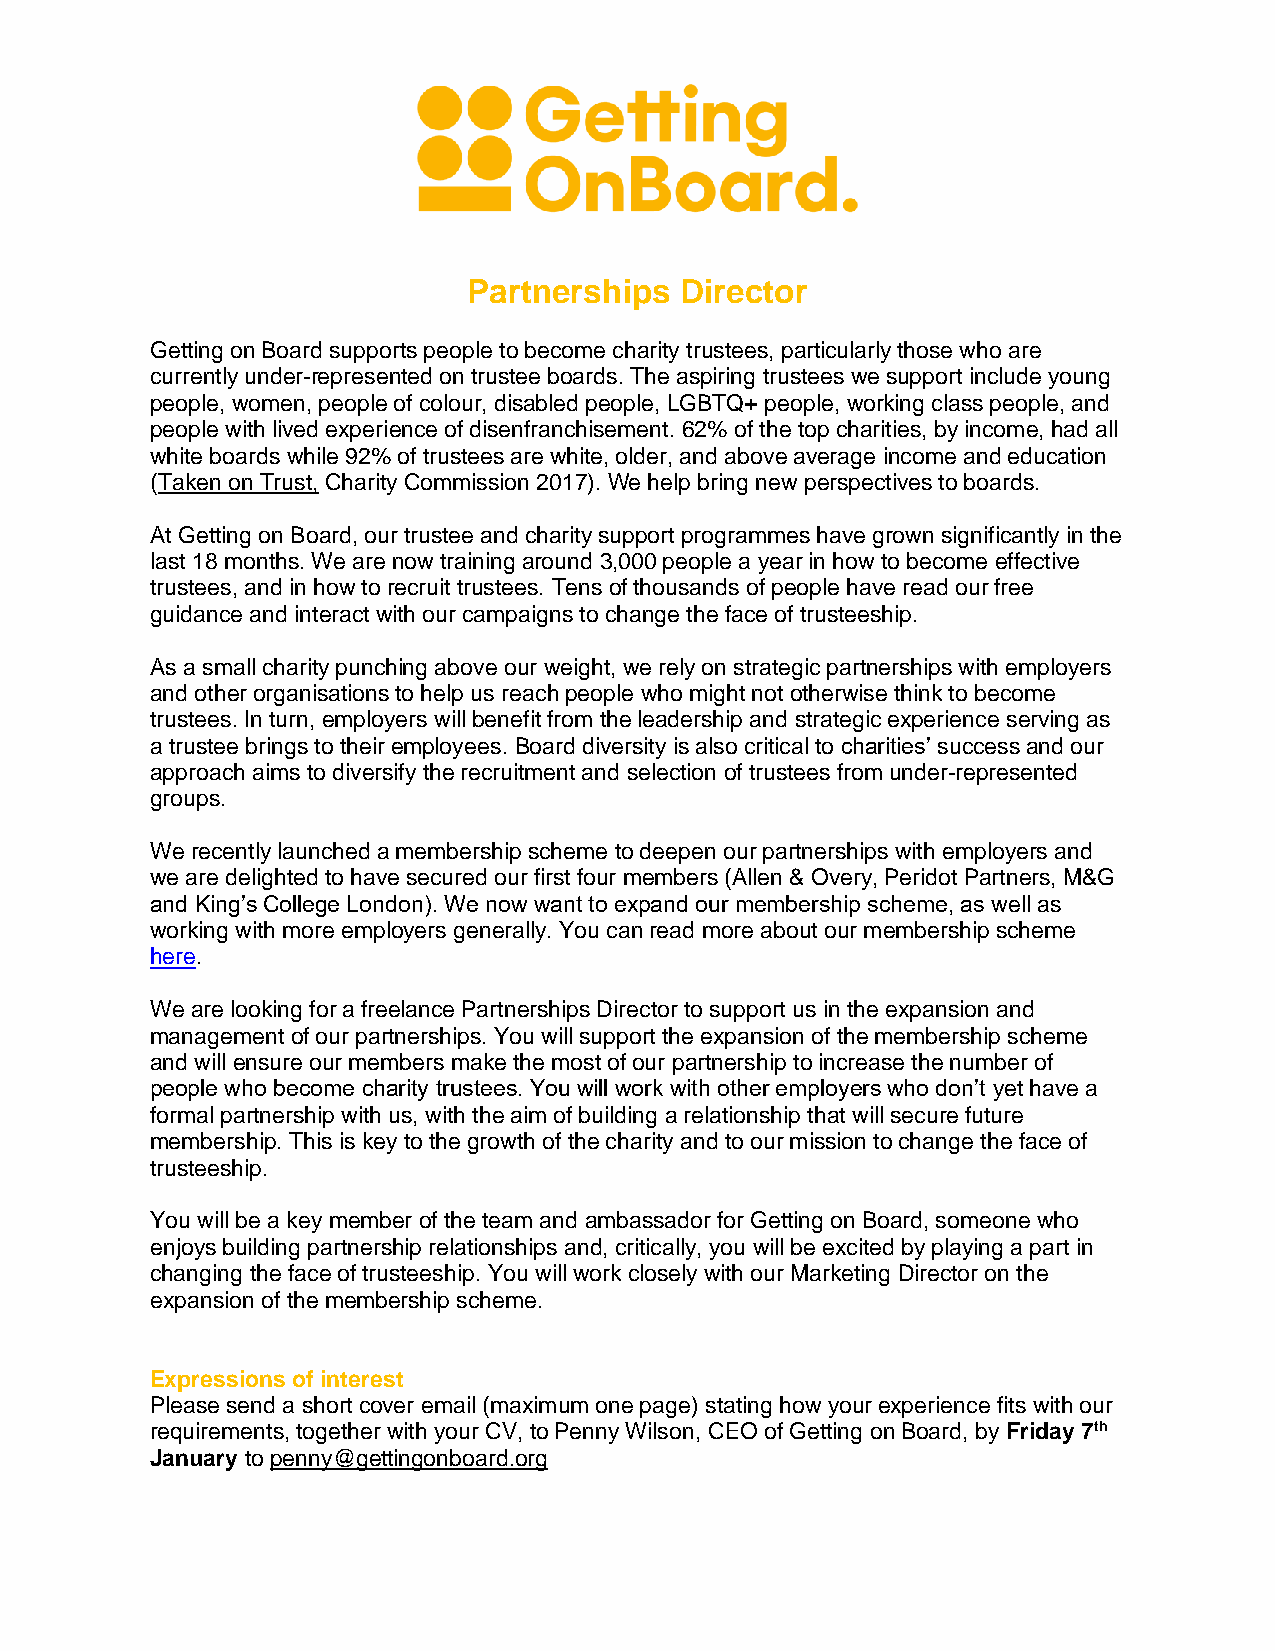
Partnerships  Director
 Getting on Board supports people to become charity trustees, particularly those who are
 currently under-represented on trustee boards. The aspiring trustees we support include young
 people, women, people of colour, disabled people, LGBTQ+ people, working class people, and
 people with lived experience of disenfranchisement. 62% of the top charities, by income, had all
 white boards while 92% of trustees are white, older, and above average income and education
 (Taken on Trust, Charity Commission 2017). We help bring new perspectives to boards.
 At Getting on Board, our trustee and charity support programmes have grown significantly in the
 last 18 months. We are now training around 3,000 people a year in how to become effective
 trustees, and in how to recruit trustees. Tens of thousands of people have read our free
 guidance and interact with our campaigns to change the face of trusteeship.
 As a small charity punching above our weight, we rely on strategic partnerships with employers
 and other organisations to help us reach people who might not otherwise think to become
 trustees. In turn, employers will benefit from the leadership and strategic experience serving as
 a trustee brings to their employees. Board diversity is also critical to charities’ success and our
 approach aims to diversify the recruitment and selection of trustees from under-represented
 groups.
 We recently launched a membership scheme to deepen our partnerships with employers and
 we are delighted to have secured our first four members (Allen & Overy, Peridot Partners, M&G
 and King’s College London). We now want to expand our membership scheme, as well as
 working with more employers generally. You can read more about our membership scheme
 here.
 We are looking for a freelance Partnerships Director to support us in the expansion and
 management of our partnerships. You will support the expansion of the membership scheme
 and will ensure our members make the most of our partnership to increase the number of
 people who become charity trustees. You will work with other employers who don’t yet have a
 formal partnership with us, with the aim of building a relationship that will secure future
 membership. This is key to the growth of the charity and to our mission to change the face of
 trusteeship.
 You will be a key member of the team and ambassador for Getting on Board, someone who
 enjoys building partnership relationships and, critically, you will be excited by playing a part in
 changing the face of trusteeship. You will work closely with our Marketing Director on the
 expansion of the membership scheme.
 Expressions of interest
 Please send a short cover email (maximum one page) stating how your experience fits with our
 requirements, together with your CV, to Penny Wilson, CEO of Getting on Board, by Friday 7th
 January to penny@gettingonboard.org